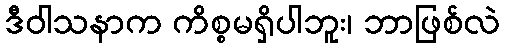
ဒီဝါသနာက ကိစ္စမရှိပါဘူး၊ ဘာဖြစ်လဲ